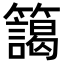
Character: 𮆻